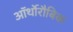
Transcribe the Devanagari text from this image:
ऑर्थोरौबिक